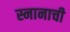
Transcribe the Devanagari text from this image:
स्नानाची